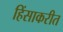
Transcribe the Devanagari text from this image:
हिंसाकरीत